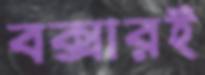
বক্সারই